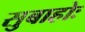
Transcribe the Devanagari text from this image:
सुबाहोः